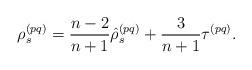
LaTeX: \begin{align*} \rho^{(pq)}_s &= \frac{n - 2}{n+1} \hat{\rho}^{(pq)}_s + \frac{3}{n + 1} \tau^{(pq)} .\end{align*}